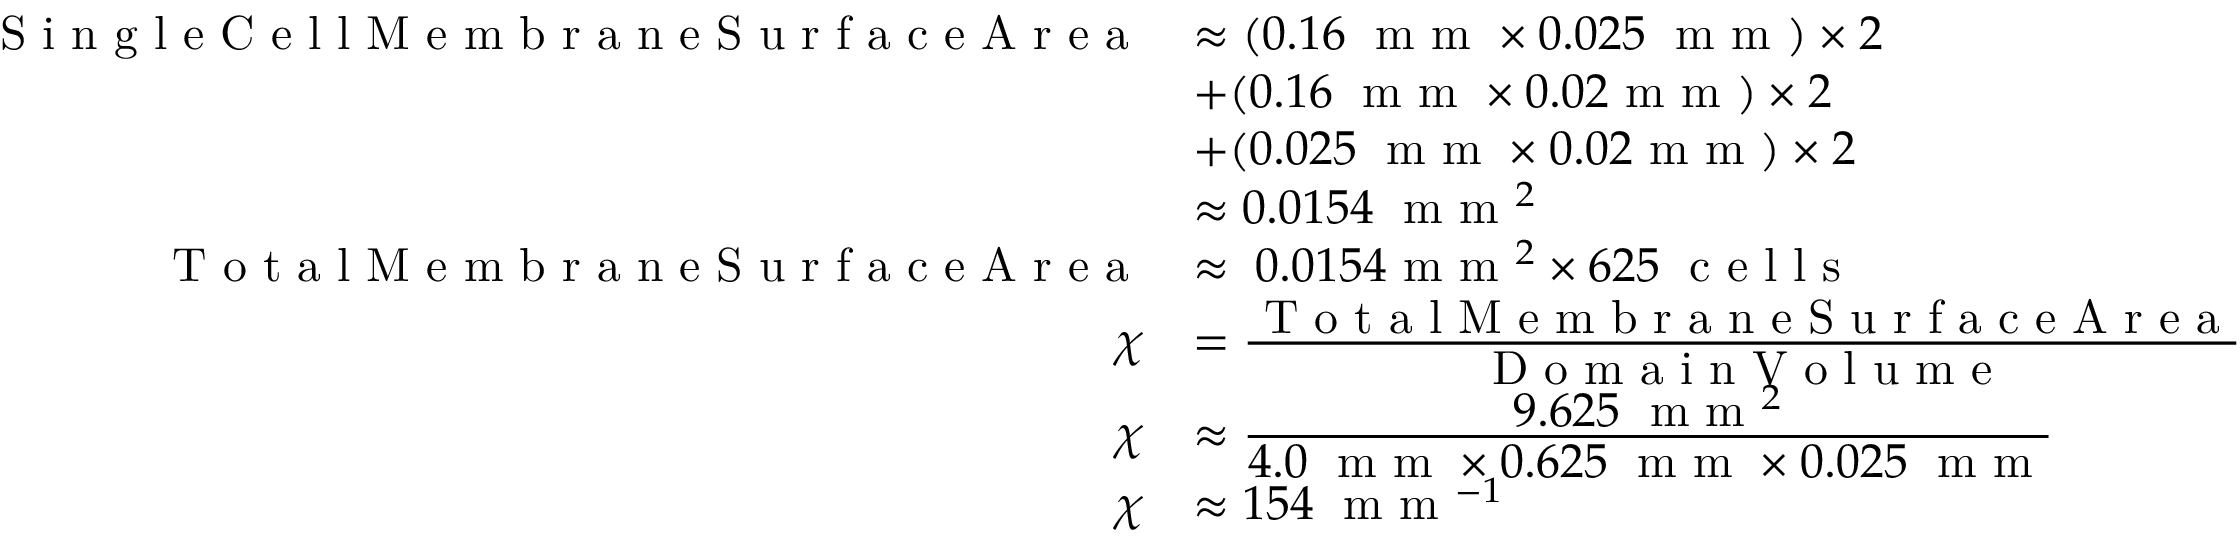
\begin{array} { r l } { \textrm { S i n g l e C e l l M e m b r a n e S u r f a c e A r e a } } & { \approx ( 0 . 1 6 \; \textrm { m m } \times 0 . 0 2 5 \; \textrm { m m } ) \times 2 } \\ & { + ( 0 . 1 6 \; \textrm { m m } \times 0 . 0 2 \textrm { m m } ) \times 2 } \\ & { + ( 0 . 0 2 5 \; \textrm { m m } \times 0 . 0 2 \textrm { m m } ) \times 2 } \\ & { \approx 0 . 0 1 5 4 \; \textrm { m m } ^ { 2 } } \\ { \textrm { T o t a l M e m b r a n e S u r f a c e A r e a } } & { \approx \; 0 . 0 1 5 4 \textrm { m m } ^ { 2 } \times 6 2 5 \; \textrm { c e l l s } } \\ { \chi } & { = \frac { \displaystyle \textrm { T o t a l M e m b r a n e S u r f a c e A r e a } } { \displaystyle \textrm { D o m a i n V o l u m e } } \; } \\ { \chi } & { \approx \frac { \displaystyle 9 . 6 2 5 \; \textrm { m m } ^ { 2 } } { \displaystyle 4 . 0 \; \textrm { m m } \times 0 . 6 2 5 \; \textrm { m m } \times 0 . 0 2 5 \; \textrm { m m } } } \\ { \chi } & { \approx 1 5 4 \; \textrm { m m } ^ { - 1 } } \end{array}